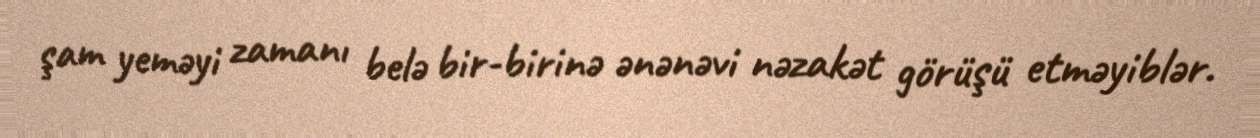
şam yeməyi zamanı belə bir-birinə ənənəvi nəzakət görüşü etməyiblər.